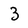
Character: 3